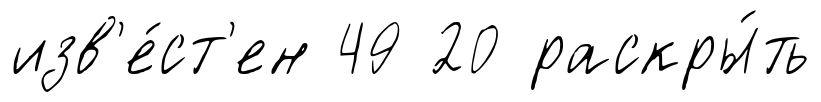
изв'е́ст'ен 49 20 раскры́ть